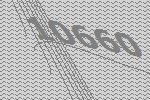
10660